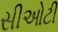
સીઓટી